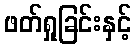
ဖတ်ရှုခြင်းနှင့်